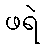
ဖရဲ